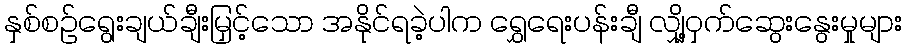
နှစ်စဉ်ရွေးချယ်ချီးမြှင့်သော အနိုင်ရခဲ့ပါက ရွှေရေးပန်းချီ လျှို့ဝှက်ဆွေးနွေးမှုများ